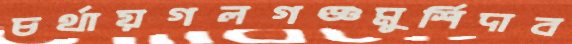
চর্থায়গলগঞ্জমুর্শিদাব